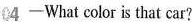
04-What color is that car?